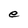
Character: e